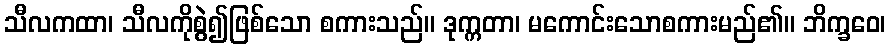
သီလကထာ၊ သီလကိုစွဲ၍ဖြစ်သော စကားသည်။ ဒုက္ကတာ၊ မကောင်းသောစကားမည်၏။ ဘိက္ခဝေ၊